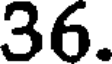
36.